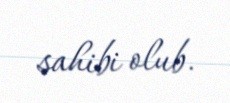
sahibi olub.